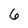
Character: 6